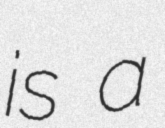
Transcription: is a